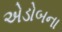
એડોબના